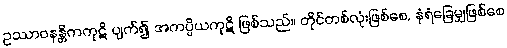
ဥဿာဝနန္တိကကုဋိ ပျက်၍ အကပ္ပိယကုဋိ ဖြစ်သည်။ တိုင်တစ်လုံးဖြစ်စေ, နံရံခြေမျှဖြစ်စေ